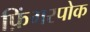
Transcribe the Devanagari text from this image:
फ़िंगरपोक